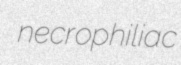
necrophiliac